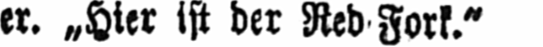
er. „Hier ist der Red Fork.“